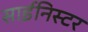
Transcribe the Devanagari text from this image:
साईनिस्टर